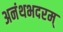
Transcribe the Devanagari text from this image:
अनंथभदरम्